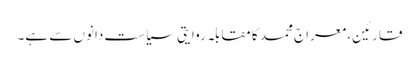
قارئین، معراج محمد کا مقابلہ روایتی سیاست دانوں سے ہے۔